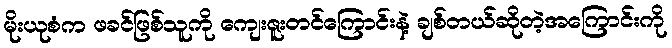
မိုးယုစံက ဖခင်ဖြစ်သူကို ကျေးဇူးတင်ကြောင်းနဲ့ ချစ်တယ်ဆိုတဲ့အကြောင်းကို